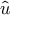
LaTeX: \hat { \boldsymbol { u } }